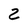
Character: 2